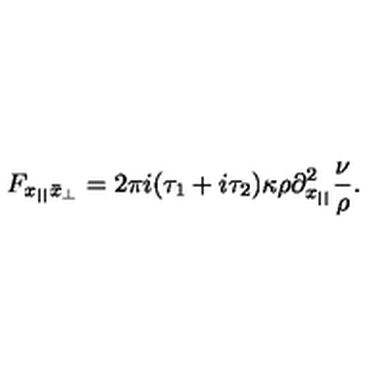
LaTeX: F _ { x _ { | | } \bar { x } _ { \perp } } = 2 \pi i ( \tau _ { 1 } + i \tau _ { 2 } ) \kappa \rho \partial _ { x _ { | | } } ^ { 2 } \frac { \nu } { \rho } .